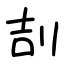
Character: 㓤